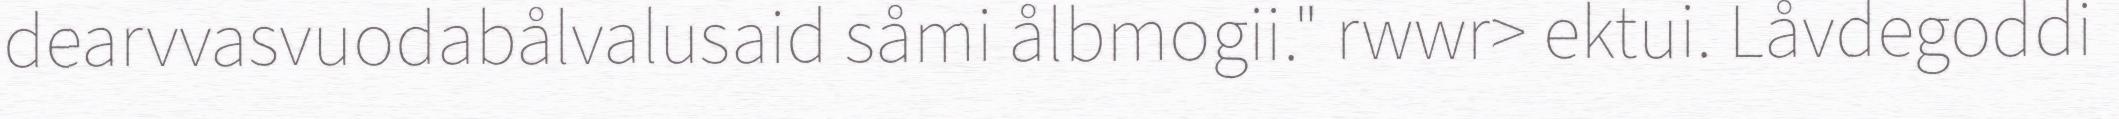
dearvvasvuodabålvalusaid såmi ålbmogii." rwwr> ektui. Låvdegoddi